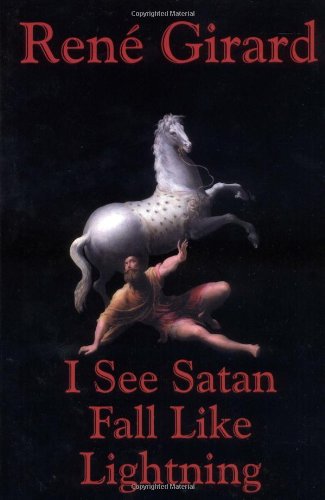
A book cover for I See Satan Fall Like Lightning; Rene Girard; Religion & Spirituality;